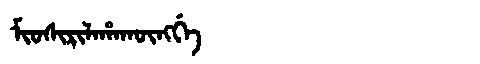
Manchu: ᠮᡳᠣᠰᡳᡵᡳᠯᠠᡥᠠᡴᡡᠩᡤᡝ
Romanization: MIOSIRILAHAKŪNGGE